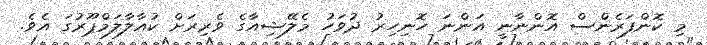
މި ކޮންފަރެންސް އޮންނާނީ އަންނަ ހޮނިހިރު ދުވަހު މެލޭޝިއާގެ ވެރިރަށް ކުއާލާލަމްޕޫރުގަ އެވެ.